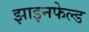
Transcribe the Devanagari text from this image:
झाइनफेल्ड